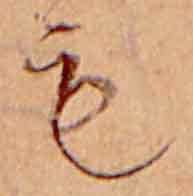
も